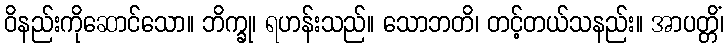
ဝိနည်းကိုဆောင်သော။ ဘိက္ခု၊ ရဟန်းသည်။ သောဘတိ၊ တင့်တယ်သနည်း။ အာပတ္တိံ၊